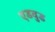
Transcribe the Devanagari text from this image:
एडवुड